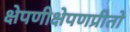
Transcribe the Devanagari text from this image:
क्षेपणीक्षेपणप्रीतो